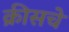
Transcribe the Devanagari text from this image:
क्रीसचे